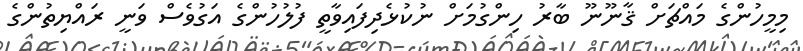
މިމީހުންގެ މައްޗަށް ޤާނޫނޫ ބާރު ހިންގުމަށް ނުކުޅެދިފައިވާތީ ފުލުހުންގެ އަގުވެސް ވަނީ ރައްޔިތުންގެ